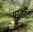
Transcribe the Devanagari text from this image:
पातड़ां